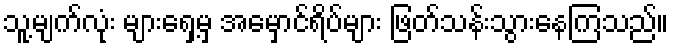
သူ့မျက်လုံး များရှေ့မှ အမှောင်ရိပ်များ ဖြတ်သန်းသွားနေကြသည်။